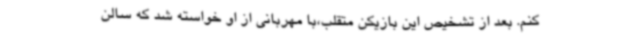
کنم. بعد از تشخیص این بازیکن متقلب،با مهربانی از او خواسته شد که سالن